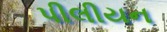
પીલીયન